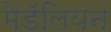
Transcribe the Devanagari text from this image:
मेडॅलियन